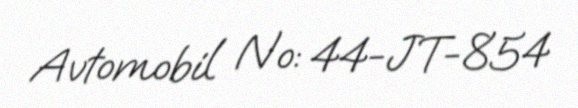
Avtomobil №: 44-JT-854